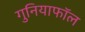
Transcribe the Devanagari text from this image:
गुनियाफॉल